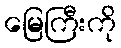
မြေကြီးကို